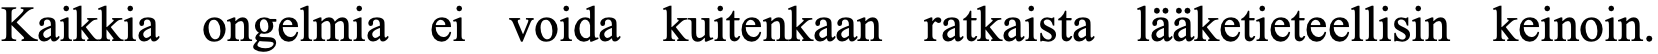
Kaikkia ongelmia ei voida kuitenkaan ratkaista lääketieteellisin keinoin.